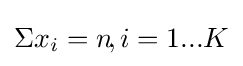
\Sigma x_{i}=n\!,i=1...K